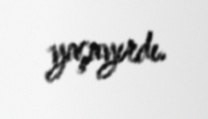
yaşayırdı.